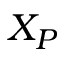
X _ { P }